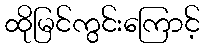
ထိုမြင်ကွင်းကြောင့်